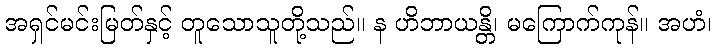
အရှင်မင်းမြတ်နှင့် တူသောသူတို့သည်။ န ဟိဘာယန္တိ၊ မကြောက်ကုန်။ အဟံ၊